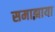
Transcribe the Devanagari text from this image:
समाझाया